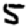
Digit: 5